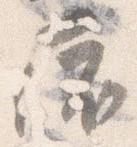
依